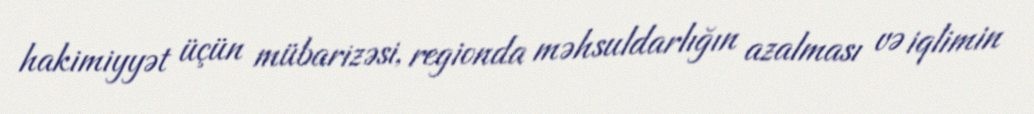
hakimiyyət üçün mübarizəsi, regionda məhsuldarlığın azalması və iqlimin